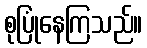
စုပြုံနေကြသည်။